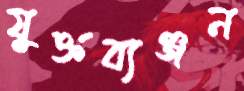
যুক্তব্যঞ্জন